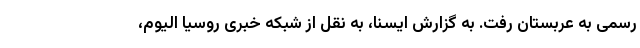
رسمی به عربستان رفت. به گزارش ایسنا، به نقل از شبکه خبری روسیا الیوم،